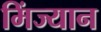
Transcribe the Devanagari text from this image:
मिंज्यान